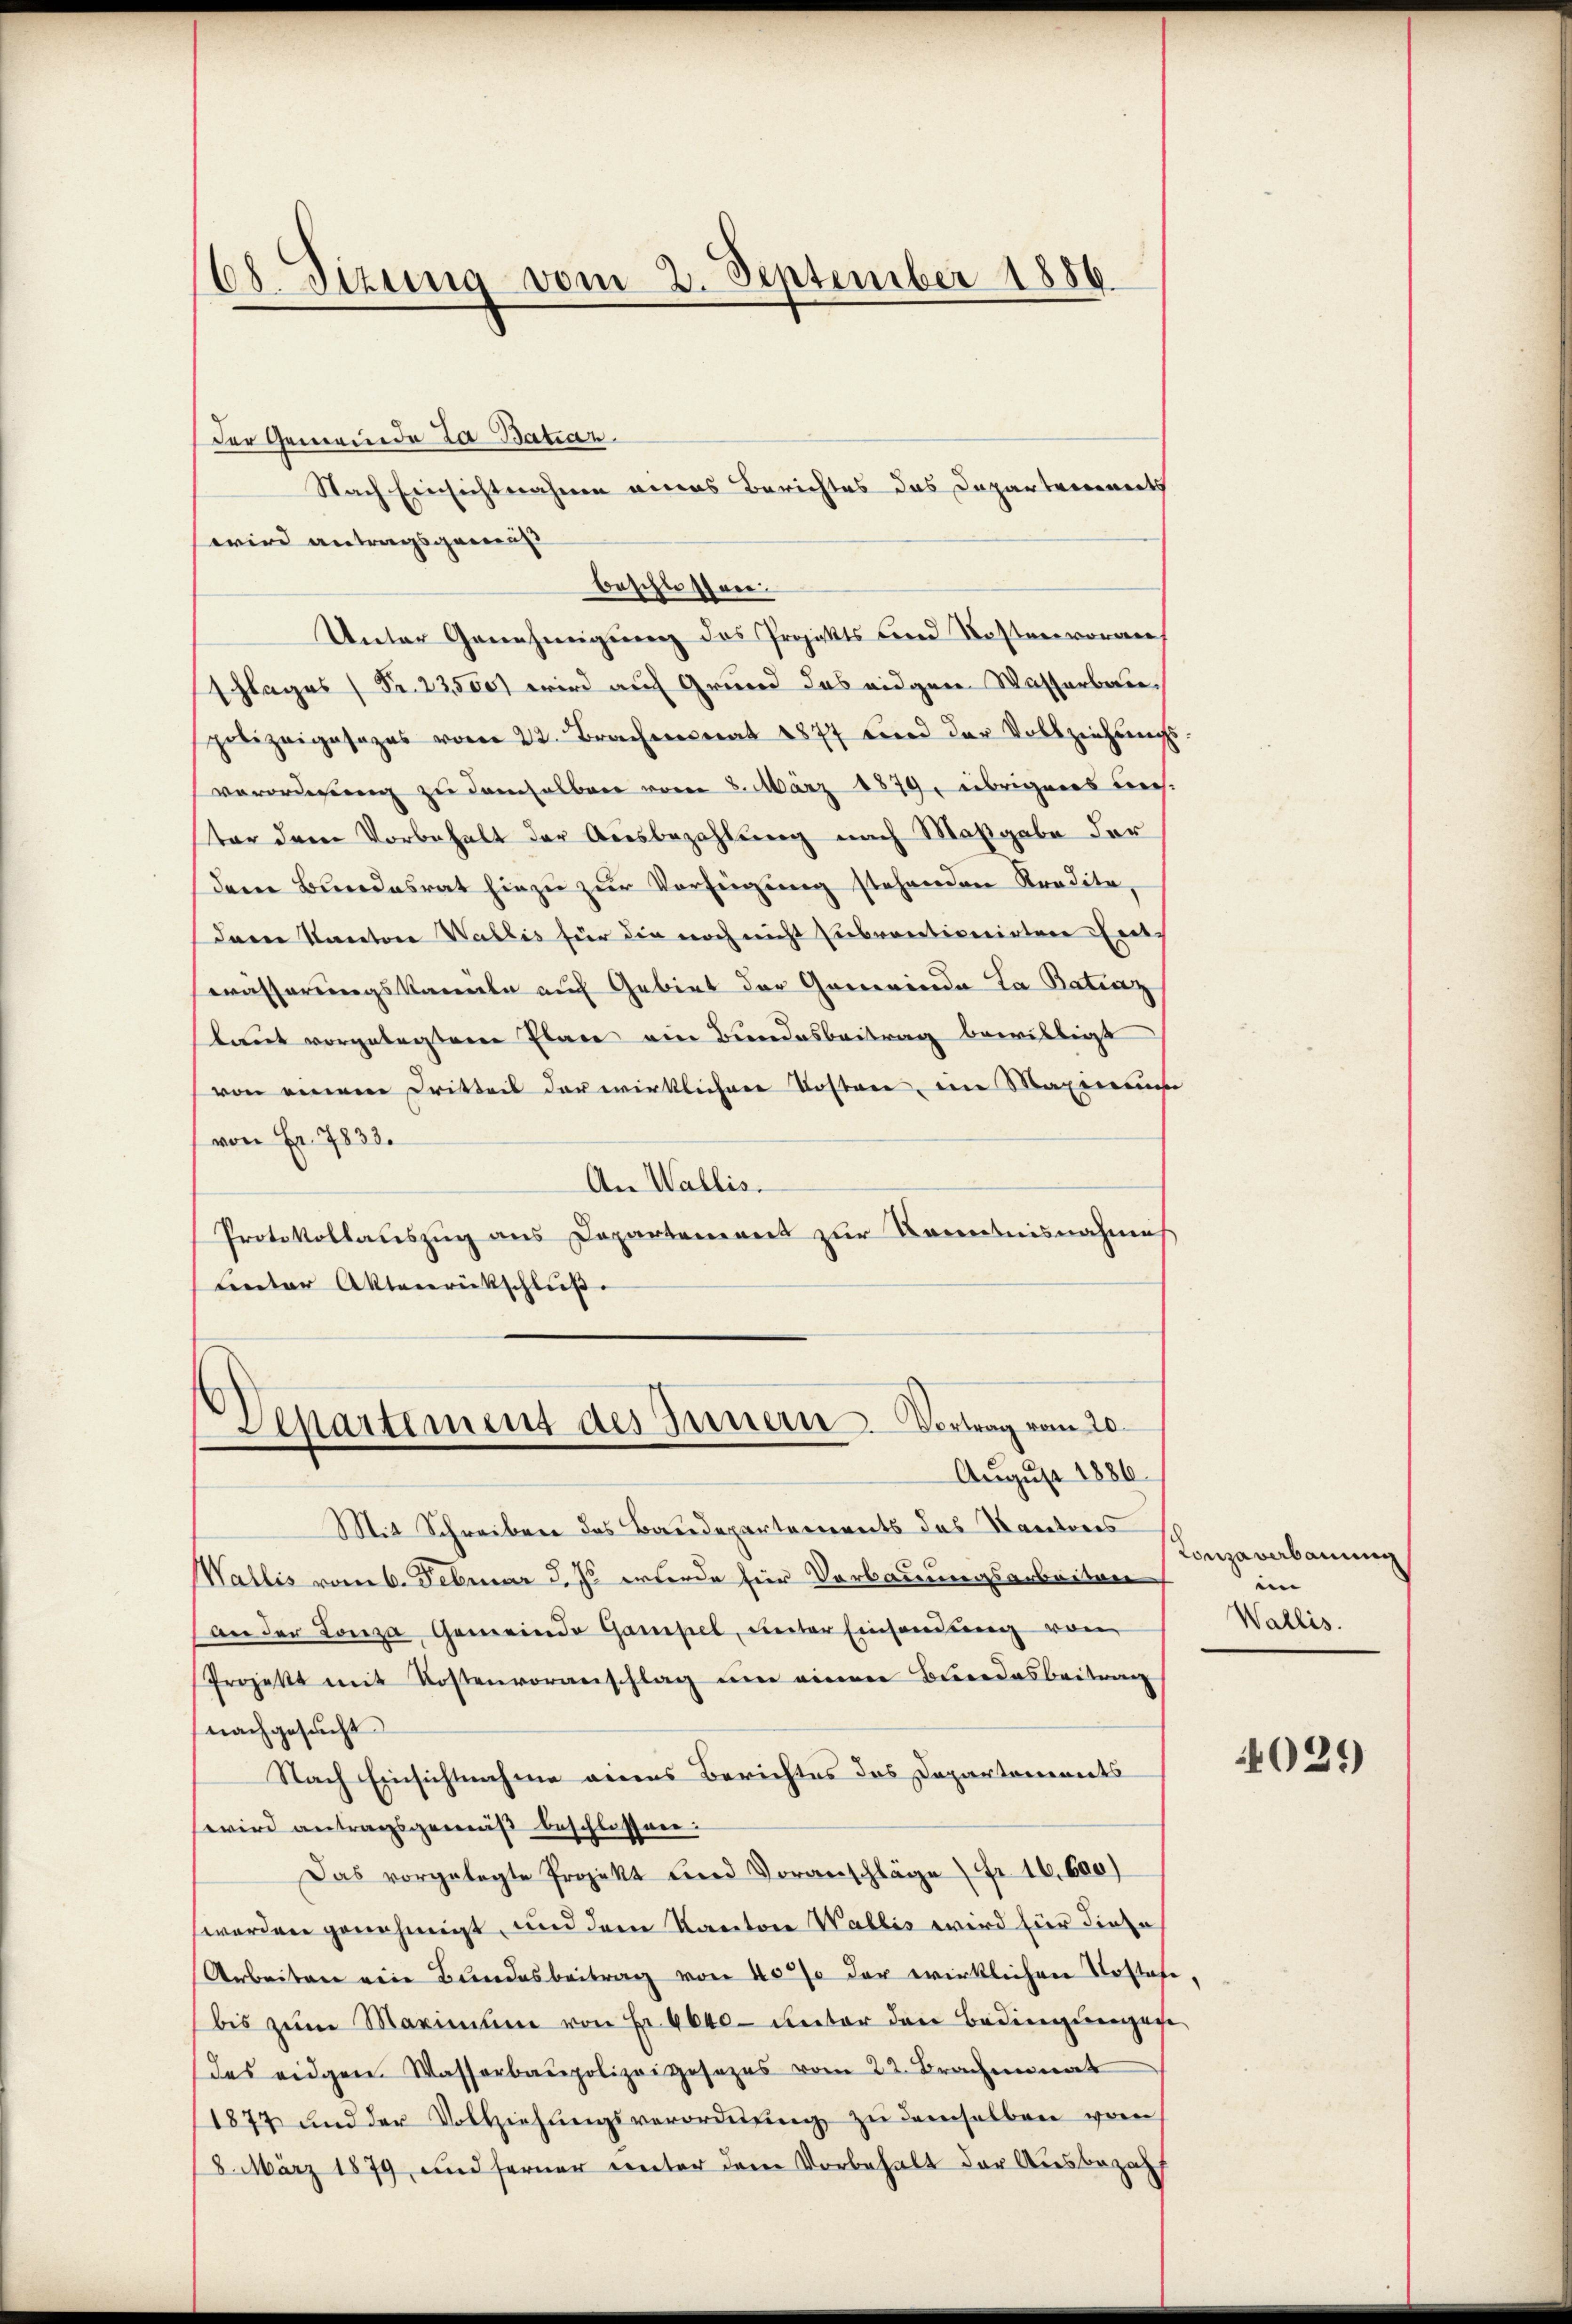
68. Sizung vom 2. September 1886.

der Gemeinde La Batiar
wird antragsgemis
beschlossene
Unter Genehmigung des Projekts Land Kostenvoran
schlages 1 Fr. 23,500 wird auf Grund das eidgen. Wasserbaupolizeigesages vom 22. Brachenrat 1877 und der Vollziehŭngs
verorderung zu demselben vom 8. März 1879, übrigens uns.
ter dem Vorbehalt der Ausbezahlung nach Maßgabe der
dene Bŭndesrat hiezŭ zŭr Verfeigŭng stehenden Stradita-
dann Kanton Wallis für die noch nicht subventionirten Ent
wässerungskammeln auf Gebiet der Generinde La Batraz
kaut vorgelegten Plane ein Bundesbeitrag bewilligt
von einem Dritteil der wirklichen Kosten, im Maximen
von Fr. 7833.
An Wallis.
Protokollauszug aus Departement zur Kenntnisnahmes
Lnter Aktenrückschluß.
Departement des Innern Vortrag vom 20.
August 1886.
Mit Schreiben das Baudepartements des Kantons
Wallis vom 6. Februar d. J. erwerde für Vorbauungsarbeiten
an der Lanza Gemeinde Gampel, unter Einsendung von
Projekt mit Kostenvoranschlag ŭm einer Bundesbeitrag
nachgesucht
Nach Einsichtnahme einens Berichtes das Departanereits
wird antragsgemäß beschlossen:
Das vorgelegte Projekt und Voranschläge fr. 16,600)
worden genehmigt, und dem Kantore Wallis wird für diese
Arbeiten ein Bundesbeitrag von 40% der wirklichen Kostafe,
bis zŭm Marinum von Fr. 4640 unter den Bedingungen
des eidgen. Wasserbaupolizeigesezes vom 22. Brachmonat
1877 und der Vollziehŭngsverordnŭng zŭ demselben vom
18. März 1879, und ferner unter dem Vorbehalt der Ausbezahl

Nach Einsichtnahmen aners Berichtes das Departements

Lonzaverbauung
in
Wallis.

4029)